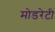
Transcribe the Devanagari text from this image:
मोडरेटी